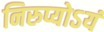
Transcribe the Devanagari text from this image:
निरुप्योऽयं